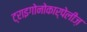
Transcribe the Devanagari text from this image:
ट्राइगोनोकार्पेलीज़